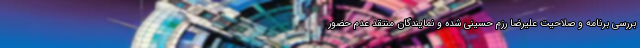
بررسی برنامه و صلاحیت علیرضا رزم حسینی شده و نمایندگان منتقد عدم حضور